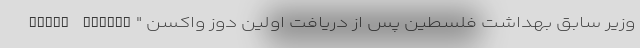
Riyad Zanoun" وزیر سابق بهداشت فلسطین پس از دریافت اولین دوز واکسن